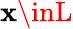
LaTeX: \mathbf{x}\inL